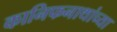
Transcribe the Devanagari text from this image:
कानिफनाथांच्या